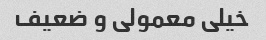
خیلی معمولی و ضعیف